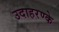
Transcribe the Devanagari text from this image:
उदाहरण्के